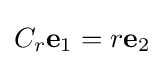
C_{r}\mathbf {e} _{1}=r\mathbf {e} _{2}